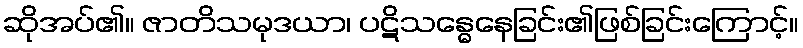
ဆိုအပ်၏။ ဇာတိသမုဒယာ၊ ပဋိသန္ဓေနေခြင်း၏ဖြစ်ခြင်းကြောင့်။